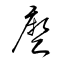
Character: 麼